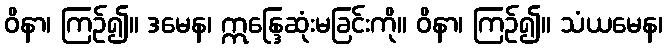
ဝိနာ၊ ကြဉ်၍။ ဒမေန၊ ဣန္ဒြေဆုံးမခြင်းကို။ ဝိနာ၊ ကြဉ်၍။ သံယမေန၊